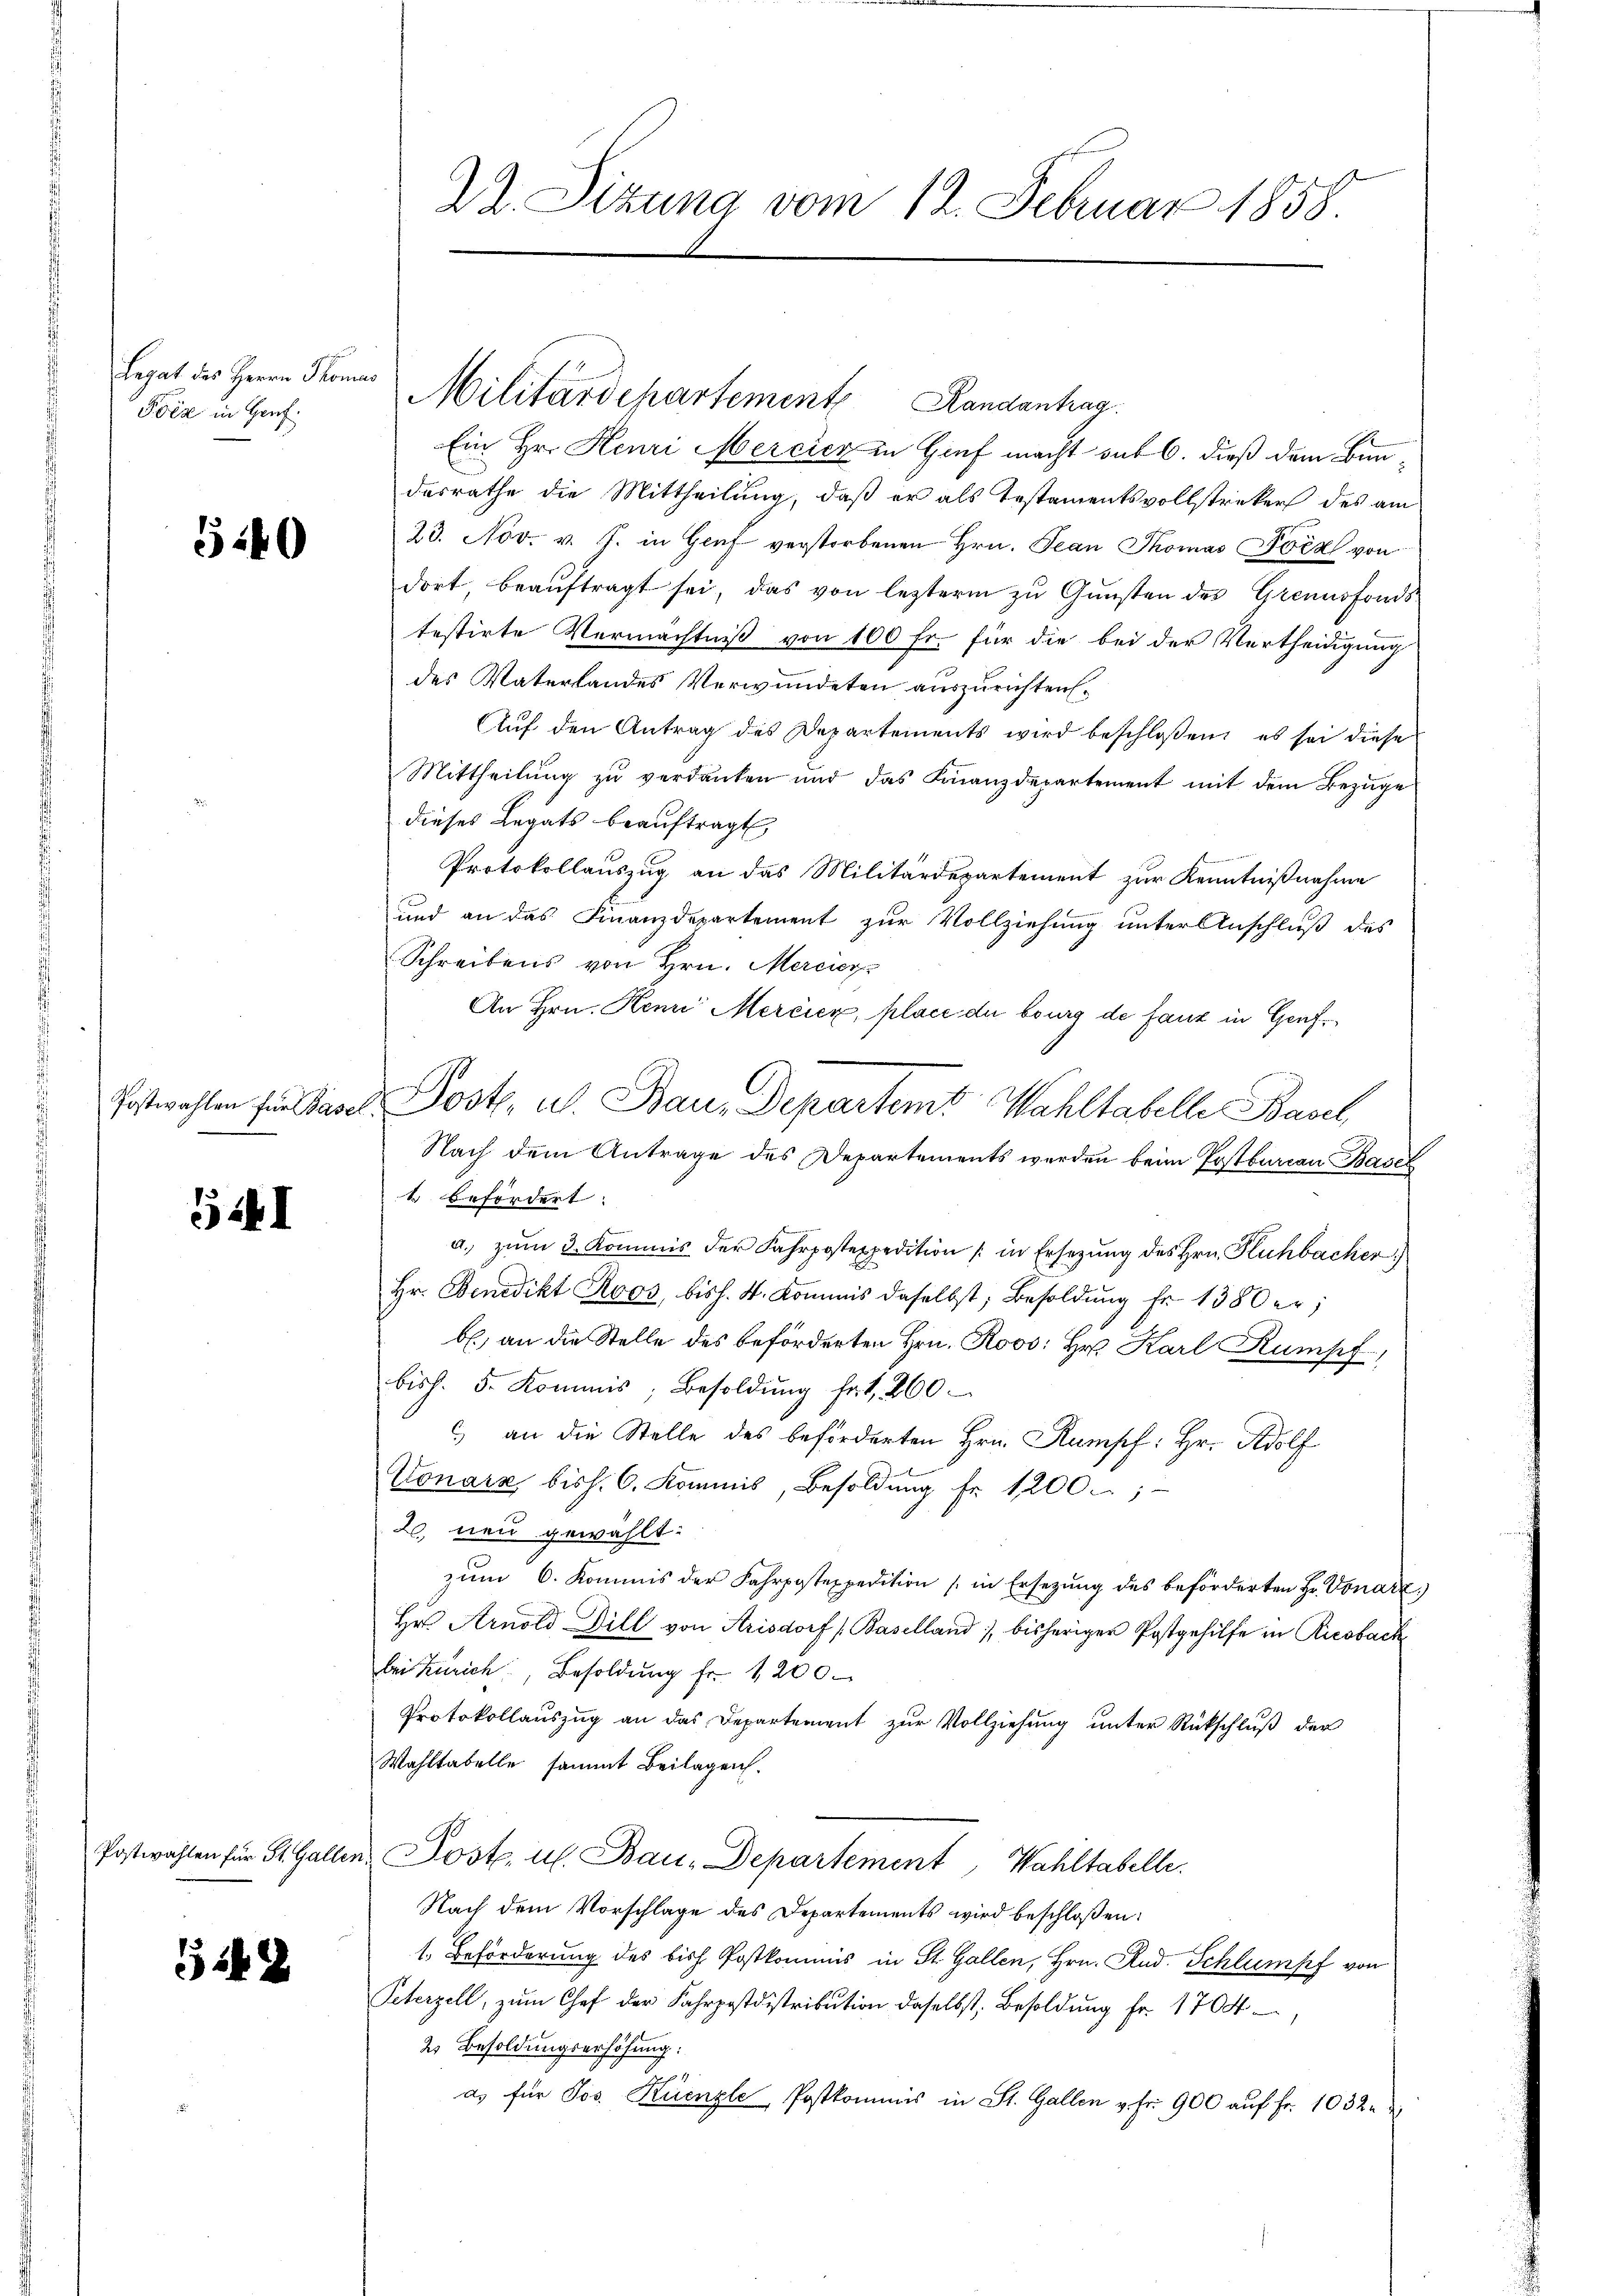
Legat des Herrn Thomas
Pois in Harf.

540

441

14 x

22. Sizung vom 12. Februar 1858.

Militärdepartement Handantrag

Ein Hr. Henri Mercier in Genf macht auf 6. dieß dem Bundasrathe die Mittheilung, daß er als Testamentsvollstreckers des am
23. Nov. v. J. in Genf verstorbenen Hrn. Jean Thomas Joch von
dort, beauftragt sei, das von lezterm zu Gunsten des Grennsfondstestirte Vermächtniß von 100 fr. für die bei der Vertheidigung
des Vaterlandes Verwundeten auszurichten.
Auf den Antrag des Departements wird beschloßen, es sei diese
Mittheilung zu verdanken und das Finanzdepartement mit dem Bezuge
dieses Legats beauftragt,
Protokollauszug an das Militärdepartement zur Kenntnißnahme
und an das Finanzdepartement zur Vollziehung unter Anschluß des
Schreibens von Hrn. Mercier
An Hrn. Renn Mercier, place du burg de faut in Genf¬
Nach dem Antrage des Departements werden beim Postbureau Basel
k befördert.
a. zŭm 3. Kommis der Fahrpostexpedition in Ersetzŭng des Hrn. Kuhbacher
Hr. Benedikt Roos, bish. St. Kommis daselbst, Besoldŭng fr. 1380 er;
b. an die Stelle des beförderten Hrn. Roos: Hr. Karl Rumpf
biss. 5. Kommis, Besoldŭng hat, 260
) an die Stelle des beförderten Hrn. Rumpch: Hr. Adolf
Conarz bish. C. Kommis, Besoldung fr. 1200.
2 neu gewählt:
zum 6. Kommis der Fahrpostexpedition (in Ersetzung des beförderten Hr. Vonarz
Hr. Arnold Dill von Arisdorf (Baselland, bisheriger Postgehilfe in Riesbach
bei Zürich, Besoldŭng fr. 1200.
Protokollauszug an das Departement zur Vollziehung unter Rückschluß der
Wahltabelle sammt Beilagen.
Postwahlen für St. Gallen Post u. Bau-Departement, Wahltabelle.
Nach dem Vorschlage des Departements wird beschloßen:
1. Beförderung des bish. Postkommis in St. Gallen, Hrn. Rud. Schlumpf von
Peterzell, zŭm Chef der Fahrpostdistribution daselbst, Besoldung fr. 1704
2. Besoldungserhöhung:
a. für Jos. Küenzle Postkommis in St. Gallen v. Fr. 900 auf Fr. 1032

Postwahlen für Pand. Post, u. Bau, Departemt Wahltabelle Basel